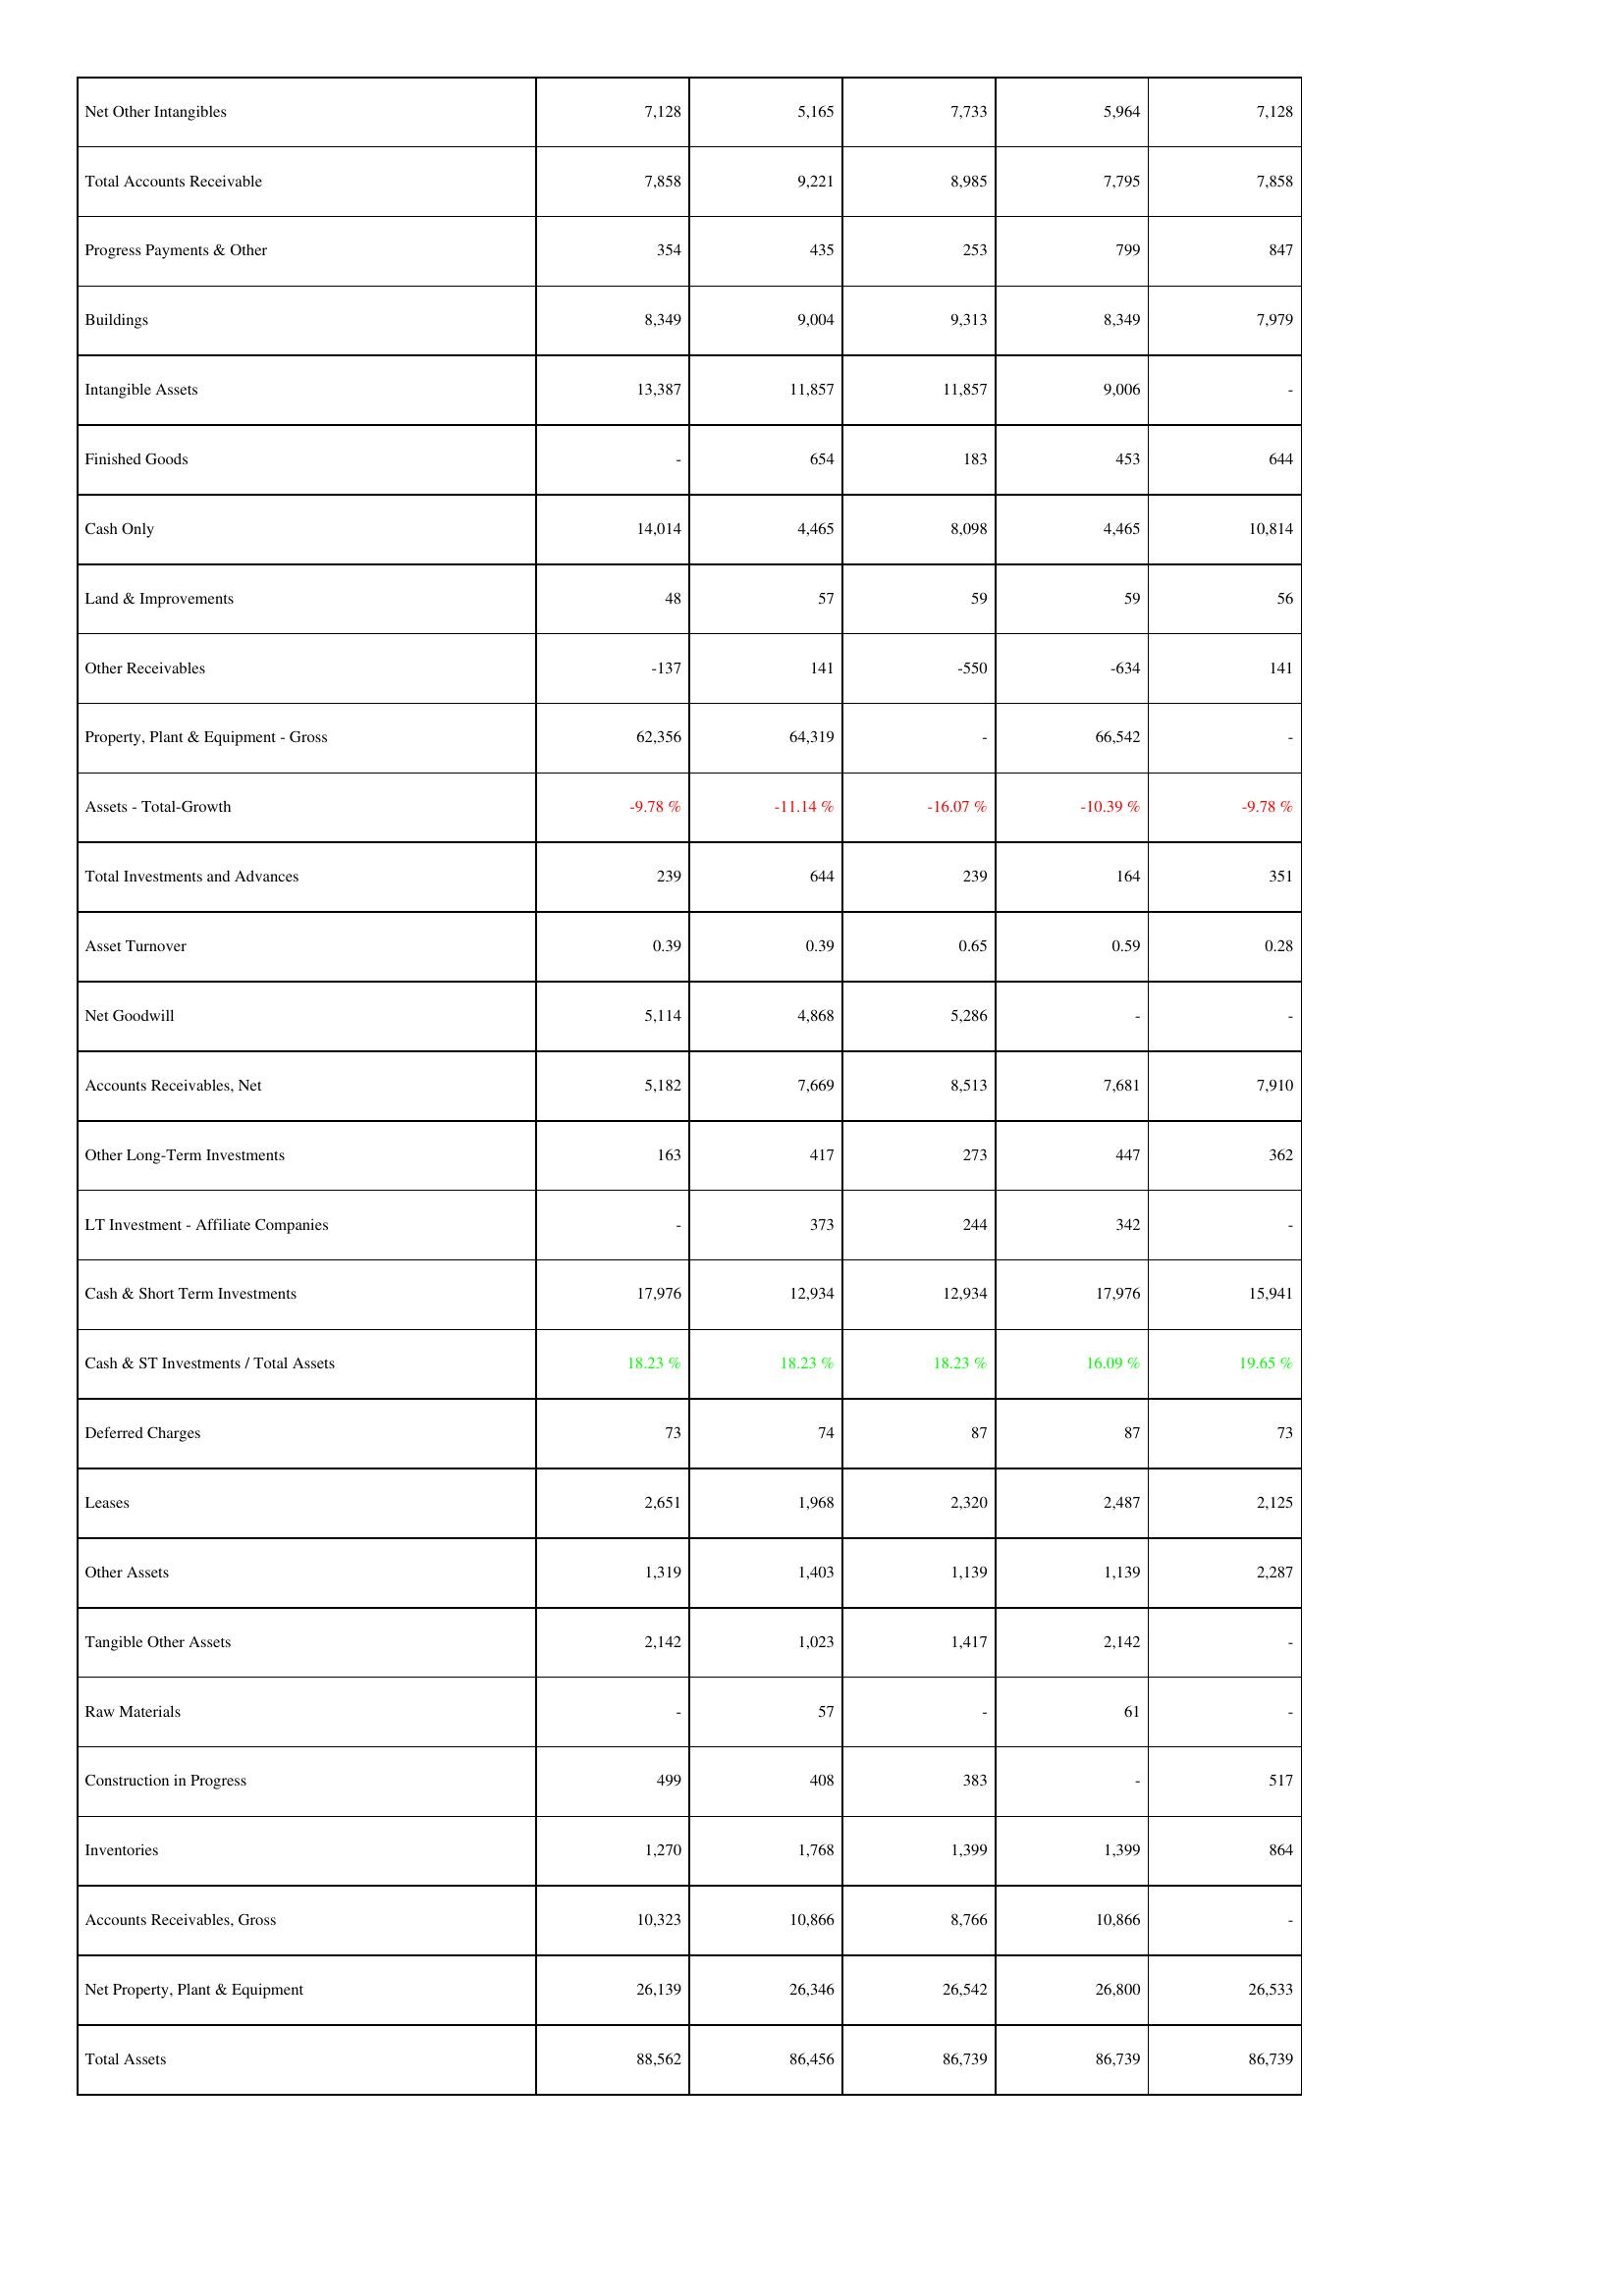
2016: Assets: Net Other Intangibles: 7,128
Total Accounts Receivable: 7,858
Progress Payments & Other: 354
Buildings: 8,349
Intangible Assets: 13,387
Finished Goods: -
Cash Only: 14,014
Land & Improvements: 48
Other Receivables: -137
Property, Plant & Equipment - Gross: 62,356
Assets - Total-Growth: -9.78 %
Total Investments and Advances: 239
Asset Turnover: 0.39
Net Goodwill: 5,114
Accounts Receivables, Net: 5,182
Other Long-Term Investments: 163
LT Investment - Affiliate Companies: -
Cash & Short Term Investments: 17,976
Cash & ST Investments / Total Assets: 18.23 %
Deferred Charges: 73
Leases: 2,651
Other Assets: 1,319
Tangible Other Assets: 2,142
Raw Materials: -
Construction in Progress: 499
Inventories: 1,270
Accounts Receivables, Gross: 10,323
Net Property, Plant & Equipment: 26,139
Total Assets: 88,562
2017: Assets: Net Other Intangibles: 5,165
Total Accounts Receivable: 9,221
Progress Payments & Other: 435
Buildings: 9,004
Intangible Assets: 11,857
Finished Goods: 654
Cash Only: 4,465
Land & Improvements: 57
Other Receivables: 141
Property, Plant & Equipment - Gross: 64,319
Assets - Total-Growth: -11.14 %
Total Investments and Advances: 644
Asset Turnover: 0.39
Net Goodwill: 4,868
Accounts Receivables, Net: 7,669
Other Long-Term Investments: 417
LT Investment - Affiliate Companies: 373
Cash & Short Term Investments: 12,934
Cash & ST Investments / Total Assets: 18.23 %
Deferred Charges: 74
Leases: 1,968
Other Assets: 1,403
Tangible Other Assets: 1,023
Raw Materials: 57
Construction in Progress: 408
Inventories: 1,768
Accounts Receivables, Gross: 10,866
Net Property, Plant & Equipment: 26,346
Total Assets: 86,456
2018: Assets: Net Other Intangibles: 7,733
Total Accounts Receivable: 8,985
Progress Payments & Other: 253
Buildings: 9,313
Intangible Assets: 11,857
Finished Goods: 183
Cash Only: 8,098
Land & Improvements: 59
Other Receivables: -550
Property, Plant & Equipment - Gross: -
Assets - Total-Growth: -16.07 %
Total Investments and Advances: 239
Asset Turnover: 0.65
Net Goodwill: 5,286
Accounts Receivables, Net: 8,513
Other Long-Term Investments: 273
LT Investment - Affiliate Companies: 244
Cash & Short Term Investments: 12,934
Cash & ST Investments / Total Assets: 18.23 %
Deferred Charges: 87
Leases: 2,320
Other Assets: 1,139
Tangible Other Assets: 1,417
Raw Materials: -
Construction in Progress: 383
Inventories: 1,399
Accounts Receivables, Gross: 8,766
Net Property, Plant & Equipment: 26,542
Total Assets: 86,739
2019: Assets: Net Other Intangibles: 5,964
Total Accounts Receivable: 7,795
Progress Payments & Other: 799
Buildings: 8,349
Intangible Assets: 9,006
Finished Goods: 453
Cash Only: 4,465
Land & Improvements: 59
Other Receivables: -634
Property, Plant & Equipment - Gross: 66,542
Assets - Total-Growth: -10.39 %
Total Investments and Advances: 164
Asset Turnover: 0.59
Net Goodwill: -
Accounts Receivables, Net: 7,681
Other Long-Term Investments: 447
LT Investment - Affiliate Companies: 342
Cash & Short Term Investments: 17,976
Cash & ST Investments / Total Assets: 16.09 %
Deferred Charges: 87
Leases: 2,487
Other Assets: 1,139
Tangible Other Assets: 2,142
Raw Materials: 61
Construction in Progress: -
Inventories: 1,399
Accounts Receivables, Gross: 10,866
Net Property, Plant & Equipment: 26,800
Total Assets: 86,739
2020: Assets: Net Other Intangibles: 7,128
Total Accounts Receivable: 7,858
Progress Payments & Other: 847
Buildings: 7,979
Intangible Assets: -
Finished Goods: 644
Cash Only: 10,814
Land & Improvements: 56
Other Receivables: 141
Property, Plant & Equipment - Gross: -
Assets - Total-Growth: -9.78 %
Total Investments and Advances: 351
Asset Turnover: 0.28
Net Goodwill: -
Accounts Receivables, Net: 7,910
Other Long-Term Investments: 362
LT Investment - Affiliate Companies: -
Cash & Short Term Investments: 15,941
Cash & ST Investments / Total Assets: 19.65 %
Deferred Charges: 73
Leases: 2,125
Other Assets: 2,287
Tangible Other Assets: -
Raw Materials: -
Construction in Progress: 517
Inventories: 864
Accounts Receivables, Gross: -
Net Property, Plant & Equipment: 26,533
Total Assets: 86,739